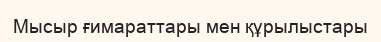
Мысыр ғимараттары мен құрылыстары